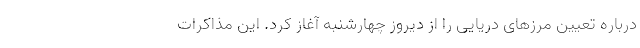
درباره تعیین مرزهای دریایی را از دیروز چهارشنبه آغاز کرد. این مذاکرات